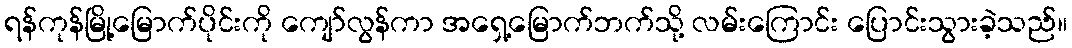
ရန်ကုန်မြို့မြောက်ပိုင်းကို ကျော်လွန်ကာ အရှေ့မြောက်ဘက်သို့ လမ်းကြောင်း ပြောင်းသွားခဲ့သည်။